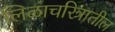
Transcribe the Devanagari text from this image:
लिळाचरित्रातील